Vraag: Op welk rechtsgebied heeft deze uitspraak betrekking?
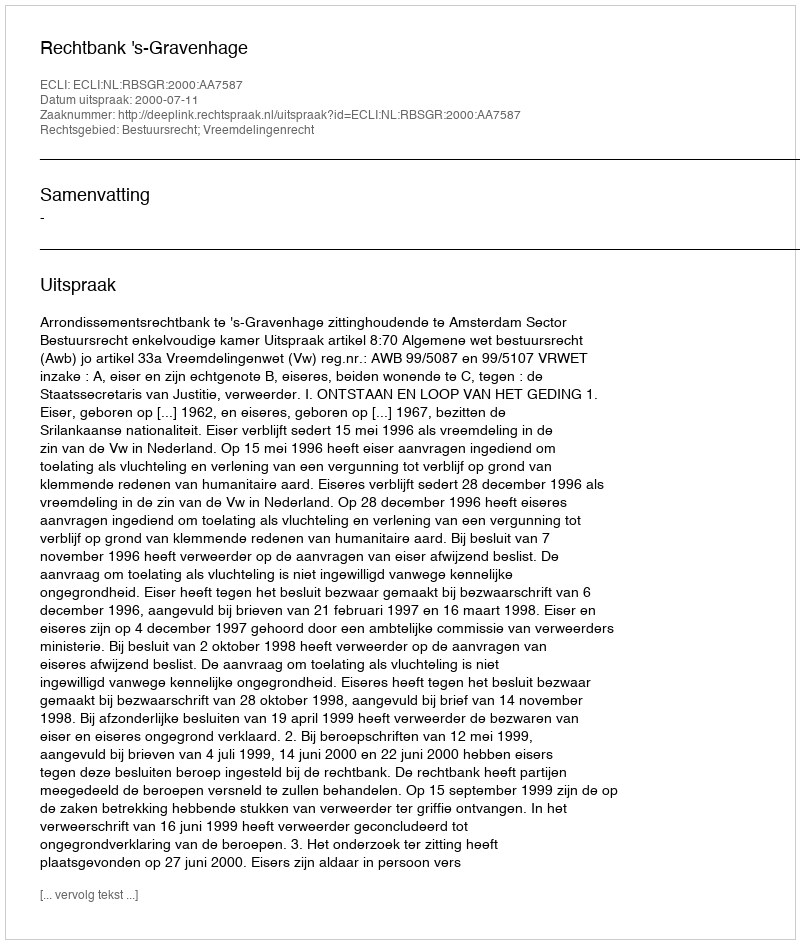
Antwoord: Bestuursrecht; Vreemdelingenrecht